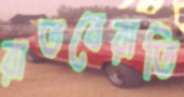
রাতবেরাতি